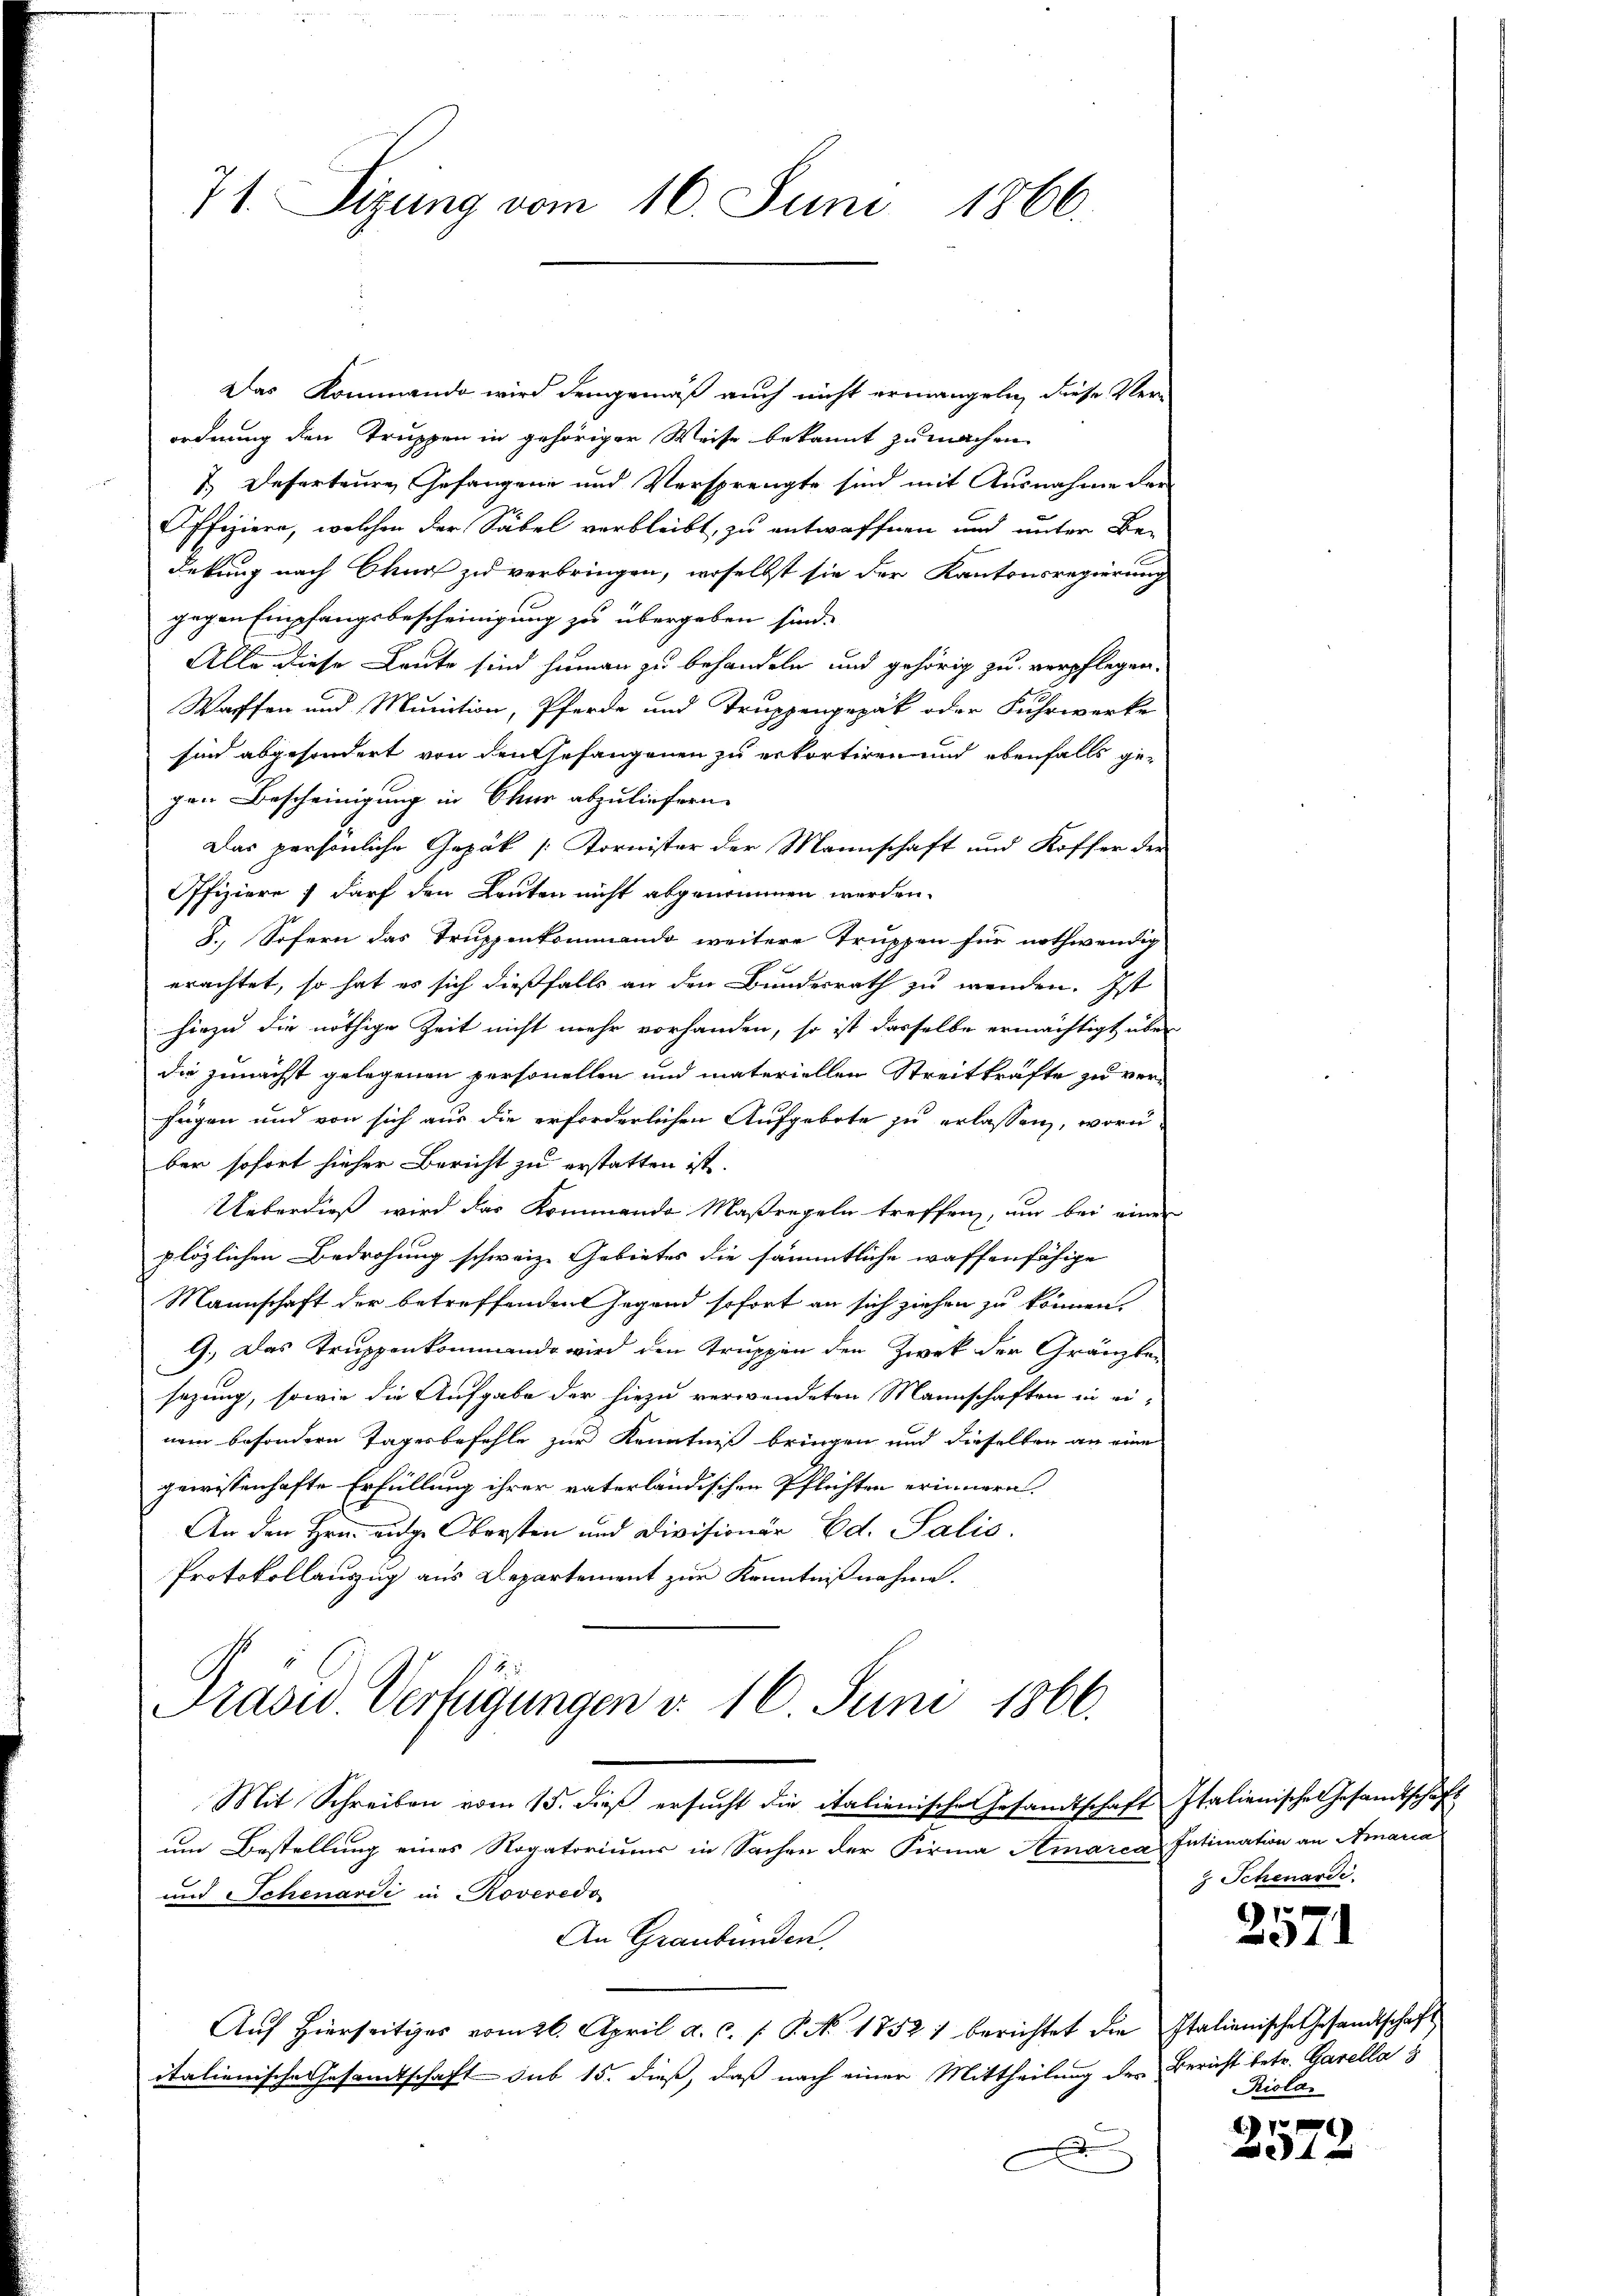
71. Sizung vom 16. Juni 1866.

Das Kommando wird demgemäß auch nicht ermangeln, diese Ver-
ordnung den Truppen in gehöriger Weise bekannt zu machen
7.) Deserteure Gefangene und Versprengte sind mit Ausnahme der
Offiziere, welchen der Säbel verbleibt, zu entwaffnen und unter Be-
dekung nach Chur zu verbringen, woselbst sie der Kantonsregierung
gegen Empfangsbescheinigung zu übergeben sind.
Alle diese Leute sind hieman zu behandeln und gehörig zu verpflegen.
Waffen und Munition, Pferde und Truppenpapak oder Fuhrwerke
sind abgesondert von den Gefangenen zu erkortiren und ebenfalls gegen Bescheinigung in Chur abzuliefern.
Das persönliche Gepäk [Kornister der Mannschaft und Koffer der
Offiziere) darf den Leuten nicht abgenommen werden.
S., Sofern das Truppenkommando weitere Truppen für nothwendig
erachtet, so hat es sich dießfalls an den Bundesrath zu wenden. Ist
hiezu die nöthige Zeit nicht mehr vorhanden, so ist dasselbe ermächtigt über
die zunächst gelegenen personellen und materiellen Streitkräfte zu ver-
fügen und von sich aus die erforderlichen Aufgebote zu erlassen, worinber sofort hieher Bericht zu erstatten ist.
Ueberdieß wird das Kommende Maßregeln treffen, nur bei einer
plözlichen Bedrohung schweiz. Gebietes die sämmtliche waffenfähige
Mannschaft der betreffenden Gegend sofort an sich ziehen zu können.
9.) Das Truppenkommando wird den Truppen den Zwek der Gränzbe-
sezung, sowie die Aufgabe der hiezu verwendeten Mannschaften in ei-
nem besondern Tagesbefehle zur Kenntniß bringen und dieselben an eine
gewissenhafte Erfüllung ihrer vaterländischen Pflichten erinnern.
An den Hrn. Auge Obersten und Divisionär Ed. Salis.
Protokollauzug aus Departement zur Kenntnißnahme.
Prasid. Verfügungen d. 16. Juni 1866.
Mit Schreiben vom 15. dieß ersucht die italienische Gesandtschaft Italienisches Gesandtschaft
um Bestellung eines Rogatoriums in Sachen der Firma Amarca Intimation an Amaria
und Schenardi in Roveredo
An Graubünden.
Aŭf hierseitiges vom 26. April a. c. f. P. Nr. 17521 berichtet die Italienische Gesandtschaft
italienische Gesamtschaft sub 15. dieß, daß nach einer Mittheilung des Bericht betr. Garella s
d
D

Schenardi.

2571

Riola

f 7 x
t